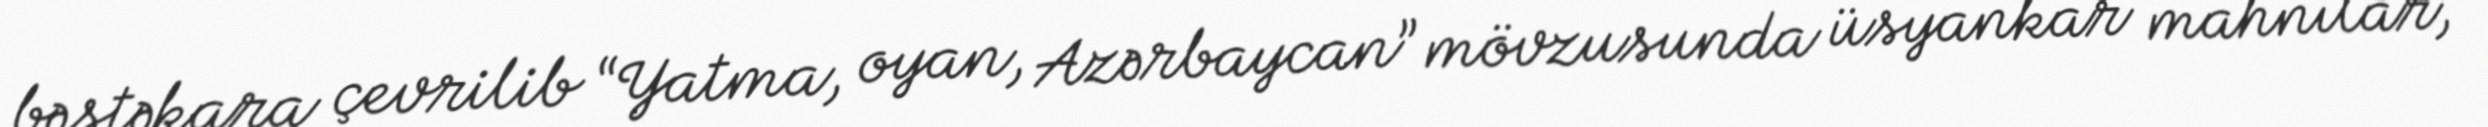
bəstəkara çevrilib “Yatma, oyan, Azərbaycan” mövzusunda üsyankar mahnılar,